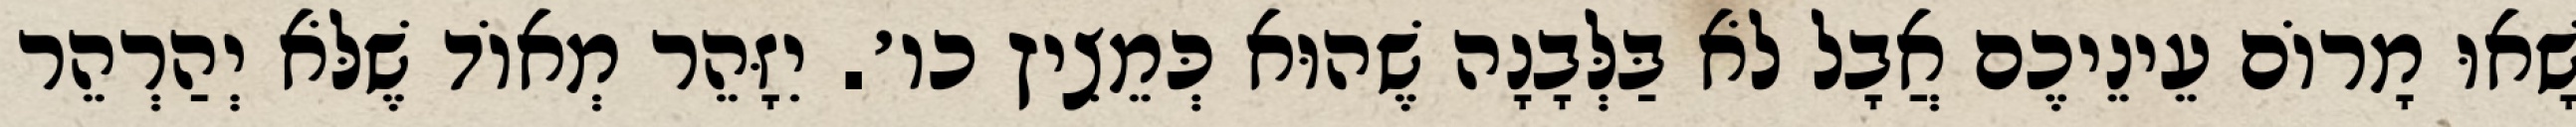
שָׁאוּ מָרוֹם עֵינֵיכֶם אֲבָל לֹא בַּלְּבָנָה שֶׁהוּא כְּמֵצִיץ כו׳. יִזָּהֵר מְאוֹד שֶׁלֹּא יְהַרְהֵר